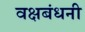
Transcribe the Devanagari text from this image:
वक्षबंधनी